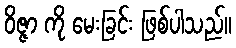
ဝိဇ္ဇာ ကို မေးခြင်း ဖြစ်ပါသည်။